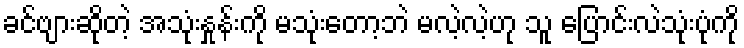
ခင်ဗျားဆိုတဲ့ အသုံးနှုန်းကို မသုံးတော့ဘဲ မလဲ့လဲ့ဟု သူ ပြောင်းလဲသုံးပုံကို